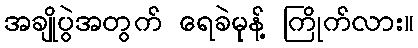
အချိုပွဲအတွက် ရေခဲမုန့် ကြိုက်လား။